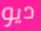
ديو